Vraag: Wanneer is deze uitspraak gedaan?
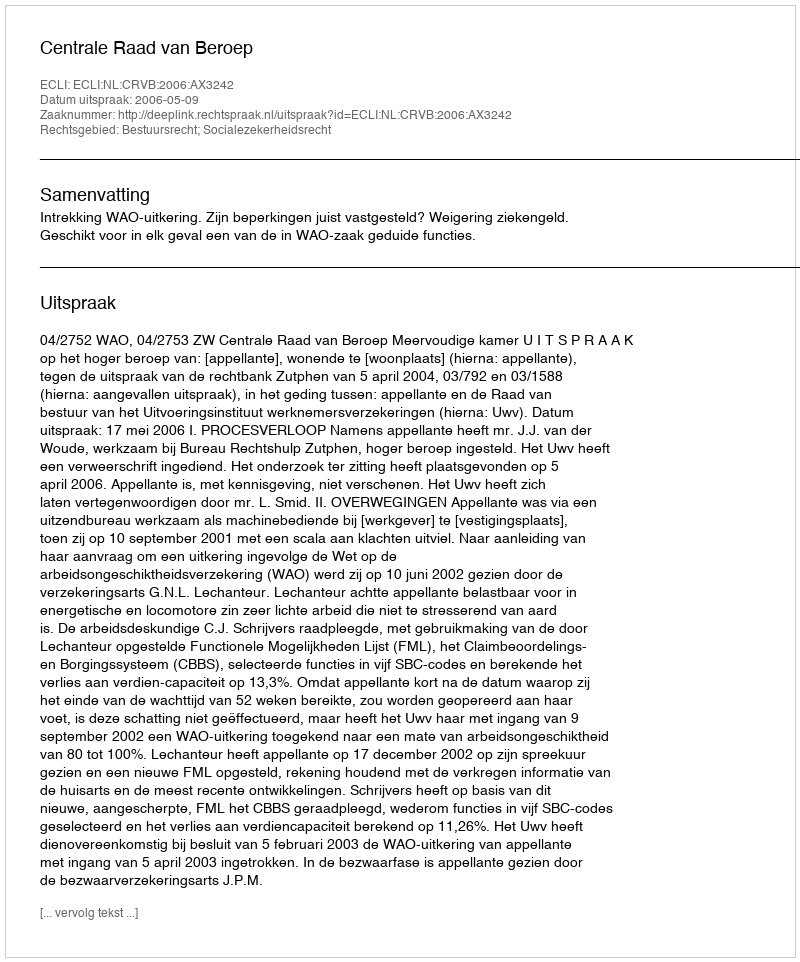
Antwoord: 2006-05-09